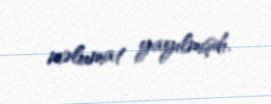
məlumat yayılmışdı.